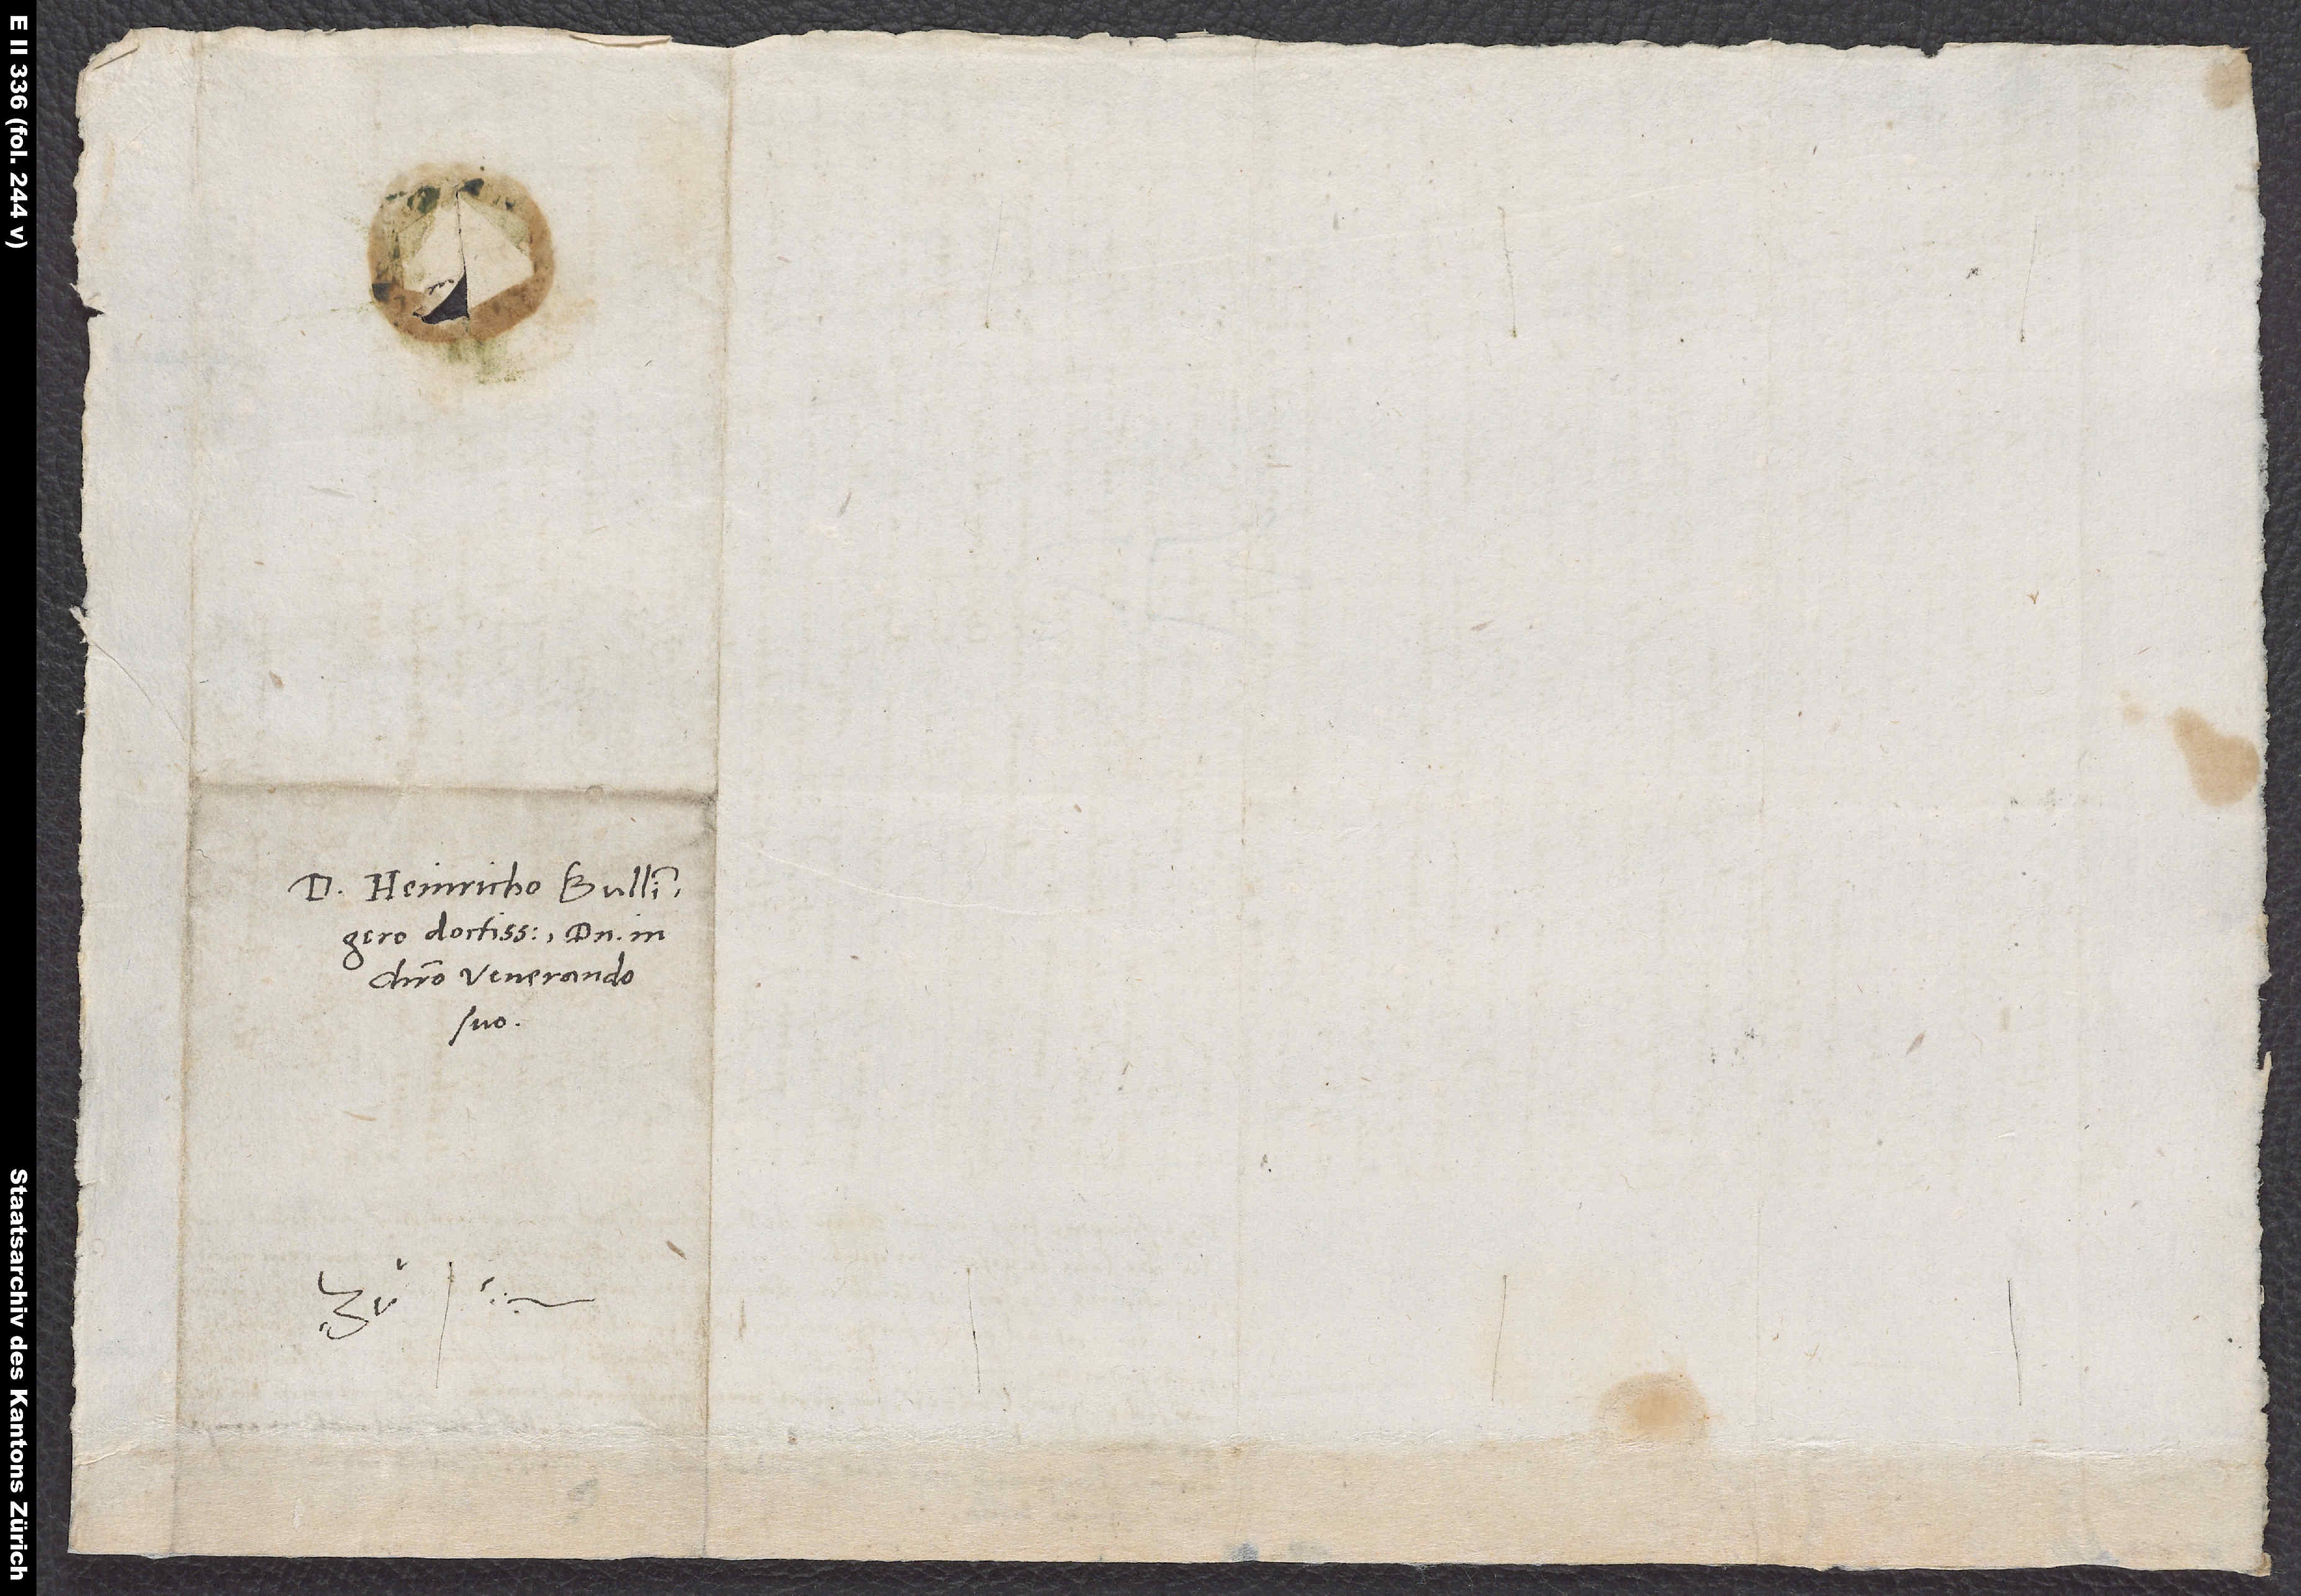
D. Heinricho Bullingero,
doctissimo domino in
Christo venerando